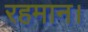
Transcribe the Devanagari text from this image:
रहमान।